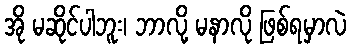
အို မဆိုင်ပါဘူး၊ ဘာလို့ မနာလို ဖြစ်ရမှာလဲ